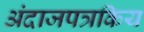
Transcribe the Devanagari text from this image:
अंदाजपत्रकिय